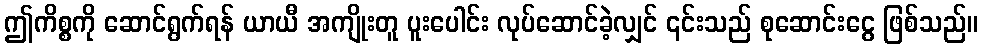
ဤကိစ္စကို ဆောင်ရွက်ရန် ယာယီ အကျိုးတူ ပူးပေါင်း လုပ်ဆောင်ခဲ့လျှင် ၎င်းသည် စုဆောင်းငွေ ဖြစ်သည်။